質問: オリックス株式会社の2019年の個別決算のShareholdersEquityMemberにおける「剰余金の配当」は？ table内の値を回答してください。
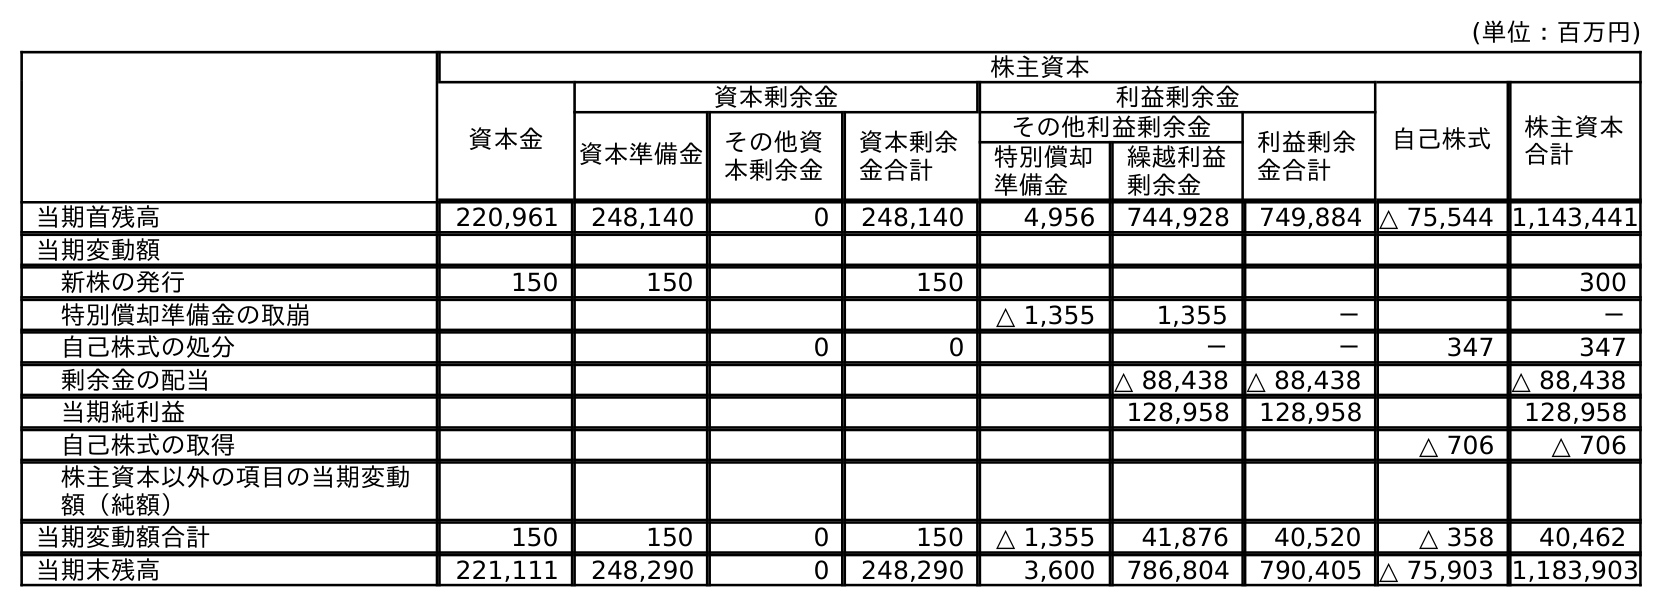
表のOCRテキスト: (単位：百万円) 株主資本 資本金 資本剰余金 利益剰余金 自己株式 株主資本 合計 資本準備金 その他資 本剰余金 資本剰余 金合計 その他利益剰余金 利益剰余 金合計 特別償却 準備金 繰越利益 剰余金 当期首残高 220,961 248,140 0 248,140 4,956 744,928 749,884 △ 75,544 1,143,441 当期変動額 新株の発行 150 150 150 300 特別償却準備金の取崩 △ 1,355 1,355 － － 自己株式の処分 0 0 － － 347 347 剰余金の配当 △ 88,438 △ 88,438 △ 88,438 当期純利益 128,958 128,958 128,958 自己株式の取得 △ 706 △ 706 株主資本以外の項目の当期変動 額（純額） 当期変動額合計 150 150 0 150 △ 1,355 41,876 40,520 △ 358 40,462 当期末残高 221,111 248,290 0 248,290 3,600 786,804 790,405 △ 75,903 1,183,903
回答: △88,438